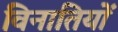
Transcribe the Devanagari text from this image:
विनातियों